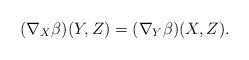
\begin{align*} (\nabla_X\beta)(Y,Z)=(\nabla_Y\beta)(X,Z).\end{align*}